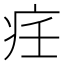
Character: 𱱋